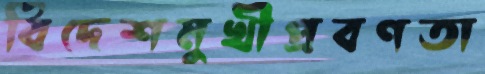
বিদেশমুখীপ্রবণতা